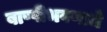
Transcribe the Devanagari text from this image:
बाष्पीभवणाचे